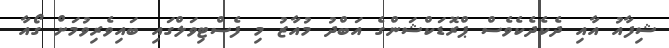
ޝިފާއު އާއި ދެކެދެކެވެސް ޕްރޮޑަކްޝަންގެ އަބްދު މުއާޒު މި ފެސްޓިވަލްގައި ބައިވެރިވުމަށް ގޯއާ